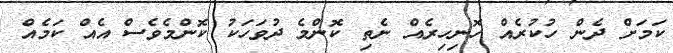
ކަމަށް ދެން ހުކުރެއް ހޮނިހިރެއް ނެތި ކޮންމެ ދުވަހަކު ކޮންމެވެސް އެއް ކަމެއް